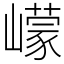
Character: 㠓